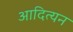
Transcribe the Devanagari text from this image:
आदित्यन